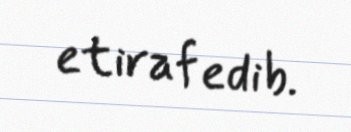
etiraf edib.